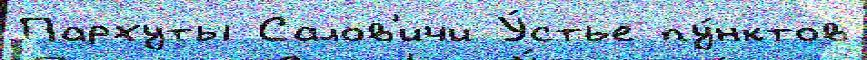
Пархуты Салов'ичи У́стье пу́нктов